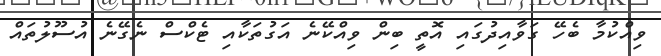
ވިއްކުމާ ބެހޭ ގަވާއިދުގައި އޮތީ ބިން ވިއްކޭނެ އަގުތަކާއި ޓެކްސް ނެގޭނެ އުސޫލުތައް